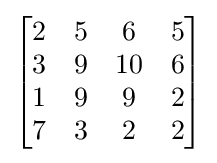
{\begin{bmatrix}2&5&6&5\\3&9&10&6\\1&9&9&2\\7&3&2&2\end{bmatrix}}